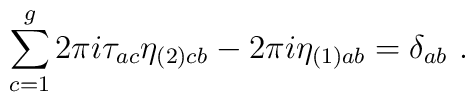
\sum_{c=1}^g2\pi i\tau_{ac}\eta _{(2)cb}-2\pi i\eta _{(1)ab}=\delta _{ab}\ .